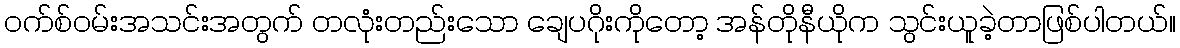
၀က်စ်ဝမ်းအသင်းအတွက် တလုံးတည်းသော ချေပဂိုးကိုတော့ အန်တိုနီယိုက သွင်းယူခဲ့တာဖြစ်ပါတယ်။